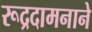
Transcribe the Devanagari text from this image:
रूद्रदामनाने